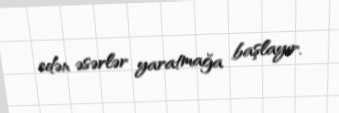
edən əsərlər yaratmağa başlayır.